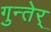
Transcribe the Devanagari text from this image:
गुन्तेर्